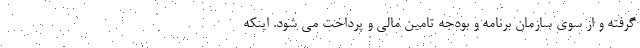
گرفته و از سوی سازمان برنامه و بودجه تامین مالی و پرداخت می شود. اینکه